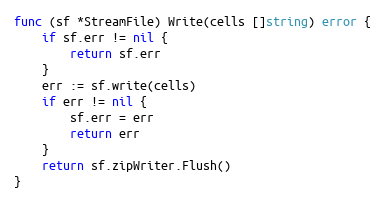
Language: Go
func (sf *StreamFile) Write(cells []string) error {
	if sf.err != nil {
		return sf.err
	}
	err := sf.write(cells)
	if err != nil {
		sf.err = err
		return err
	}
	return sf.zipWriter.Flush()
}